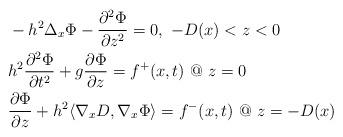
LaTeX: \begin{align*}\begin{aligned}&-h^2\Delta_x\Phi-{\partial^2\Phi\over\partial z^2}=0, \ -D(x)<z<0\cr&h^2{\partial^2\Phi\over\partial t^2}+g{\partial\Phi\over\partial z}=f^+(x,t) \ @ \ z=0\cr&{\partial \Phi\over\partial z}+h^2\langle\nabla_x D,\nabla_x\Phi\rangle=f^-(x,t) \ @ \ z=-D(x)\cr\end{aligned}\end{align*}